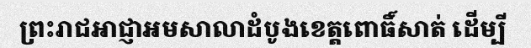
ព្រះរាជអាជ្ញាអមសាលាដំបូងខេត្តពោធិ៍សាត់ ដើម្បី